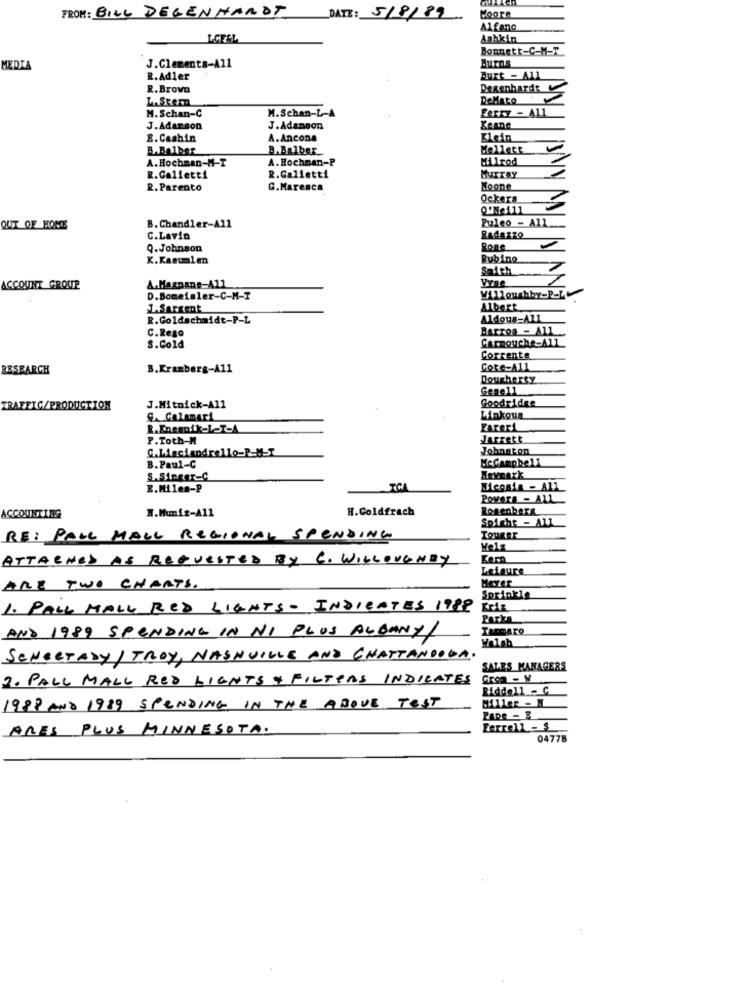
MOORE
FROM: BILL DEGENHARDT
DATE: 5/8/89
Alfano
I.CESL
Ashkin
Bonnett-C-M-T
Burns
MEDIA
J.Clements-A11
R.Adler
Burt - All
R. Brown
Degenhardt
LAStern
DeMato
Ferry - All
M. Schan-C
M.Schan-L-A
J.Adarson
J.Adangon
Keane
B. Cashin
A.Ancona
Klein
B.Balber
B. Balber
Mellett
A.Hochman-M-T
A.Bochman-P
Milrod
R.Calietti
R. Galletti
R. Parento
G.Maresca
Noone
Ockers
Q'Me111
Puleo - All
OUT OF HOME
B. Chandler-A11
C.Lavin
RAdaZZO
Q.Johnson
K.Kastmlen
Rubino
Smith
ACCOUNT GROUP
A.Magnane-A11
D.Bomeialer-C-M-T
Willoughby-P-L
1.Sargent
Albert
R.Goldschmidt-P-L
Aldous=All
C.Rego
BARTOS - ALL
Carmouche-A11
S.Cold
Corrente
RESEARCH
B.Kramberg-A11
CORe-ALL
Dougherty
Gene11
Goodridge
TRAFFIC/PRODUCTION
J.Mitnick-A11
G. Calamari
Linkoua
R.Knemnik-1-T-A
Fareri
P.Toth-M
Jarrett
C.Liaciandrello-P-M-T
Johnston
MeCampbell
B. Paul-C
S.Singer-C
Nevpark
E.Milen-P
Nicosia - A11
Povera - ALL
N.Muniz-A11
H.Goldfrach
Rosenberg
ACCOUNTING
Spighe - All
RE: PALL MALL REGIONAL SPENDING
Helz
ATTACHED AS REQUESTED BY C. WILLOUGHBY
Leisure
Meyer
ARE TWO CHARTS.
Sprinkle
1. PALL MALL RED LIGHTS- INDICATES 1999
Parks
TADARO
AND 1989 SPENDING IN NI PLUS ALBANY/
SCHEETADY/ TROY, NASHVILLE AND CHATTANOOGA.
SALES MANAGERS
2. PALL MALL RED LIGHTS & FILTERS INDIENTES
Gron - W
Riddell - C
Miller - N
1988 AND 1989 SPENDING IN THE ABOVE TEST
ARES PLUS MINNESOTA.
Ferrell- $
04775